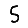
Digit: 5